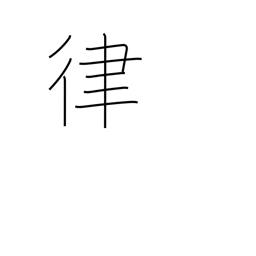
Meaning: gauge